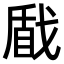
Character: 𢧕